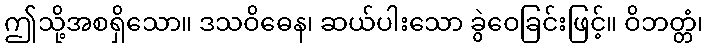
ဤသို့အစရှိသော။ ဒသဝိဓေန၊ ဆယ်ပါးသော ခွဲဝေခြင်းဖြင့်။ ဝိဘတ္တံ၊